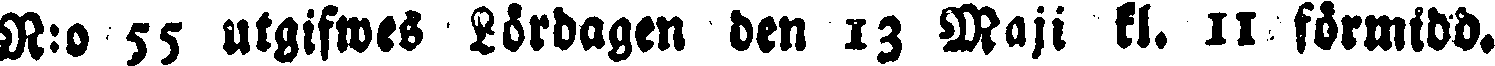
R:o 55 utgifwes Lördagen den 13 Maji kl. 11 förmidd.